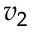
v _ { 2 }